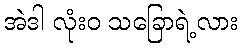
အဲဒါ လုံးဝ သခြောရဲ့လား